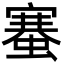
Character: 䗙